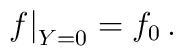
f{\bigr|}_{Y=0}=f_0\,.